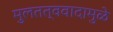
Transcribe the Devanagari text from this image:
मुलतत्ववादामुळे